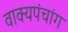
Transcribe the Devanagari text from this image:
वाक्यपंचांग